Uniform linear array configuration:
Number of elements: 48
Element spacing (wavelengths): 0.25
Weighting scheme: blackman
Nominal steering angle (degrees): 0
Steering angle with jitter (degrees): -0.9185
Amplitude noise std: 0.05
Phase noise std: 0.05

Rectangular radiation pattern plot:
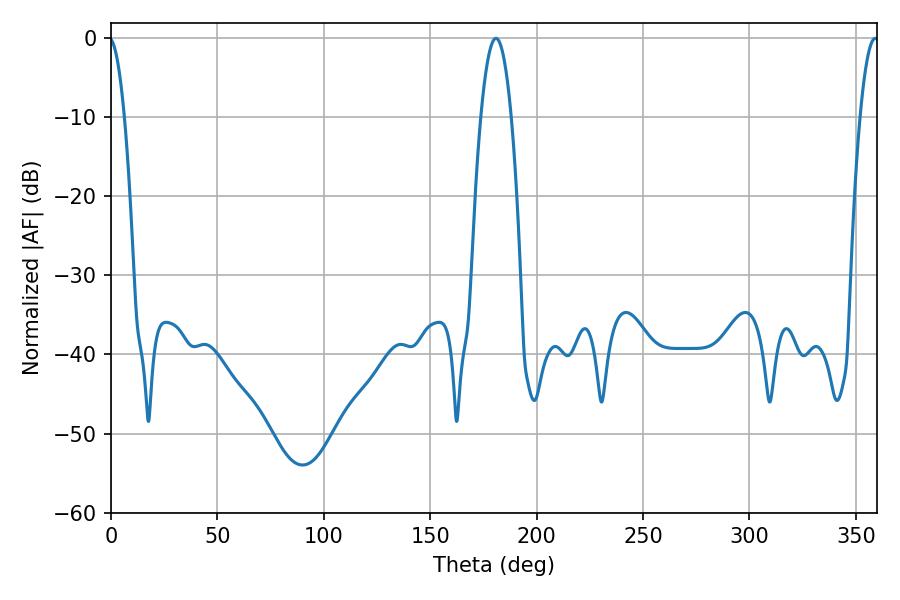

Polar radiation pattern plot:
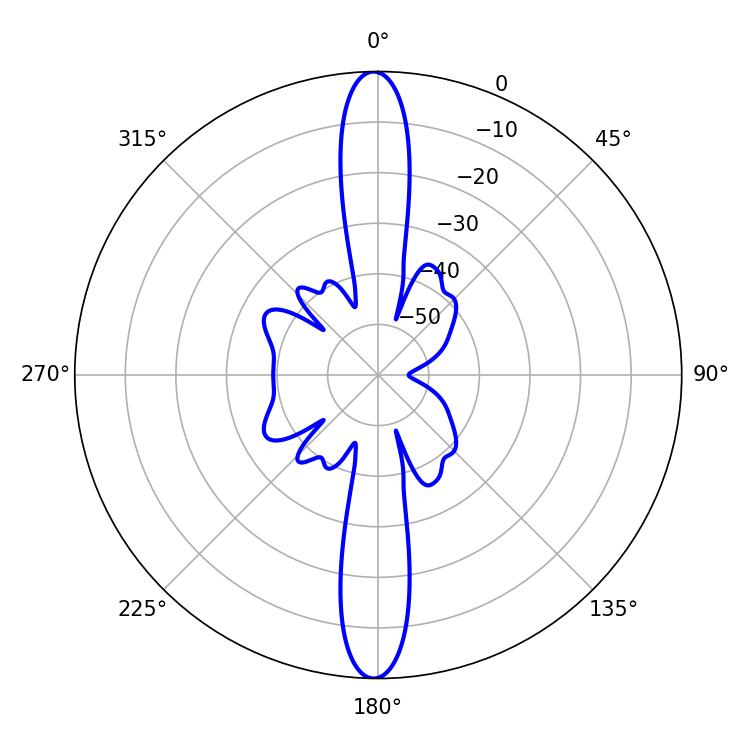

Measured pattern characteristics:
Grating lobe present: FALSE
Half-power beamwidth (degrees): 7.92
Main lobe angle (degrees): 180.9